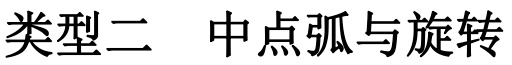
类型二 中点弧与旋转